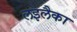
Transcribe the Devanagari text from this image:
लइलैका